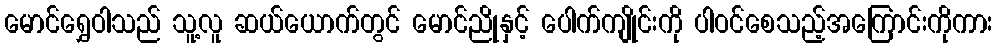
မောင်ရွှေဝါသည် သူ့လူ ဆယ်ယောက်တွင် မောင်ညိုနှင့် ပေါက်ကျိုင်းကို ပါဝင်စေသည့်အကြောင်းကိုကား